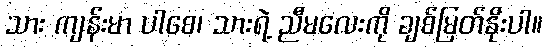
သား ကျန်းမာ ပါစေ၊ သားရဲ့ ညီမလေးကို ချစ်မြတ်နိုးပါ။